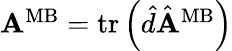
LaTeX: \begin{array}{r}{{\mathbf A}^{\mathrm{MB}}=\mathrm{tr}\left(\hat{d}\hat{\mathbf A}^{\mathrm{MB}}\right)}\end{array}